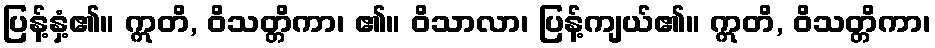
ပြန့်နှံ့၏။ ဣတိ, ဝိသတ္တိကာ၊ ၏။ ဝိသာလာ၊ ပြန့်ကျယ်၏။ ဣတိ, ဝိသတ္တိကာ၊